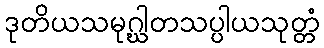
ဒုတိယသမုဂ္ဃါတသပ္ပါယသုတ္တံ